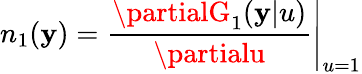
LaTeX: n_{1}(\mathbf{y})=\left.\frac{{\partialG_{1}(\mathbf{y}|u)}}{{\partialu}}\right|_{u=1}